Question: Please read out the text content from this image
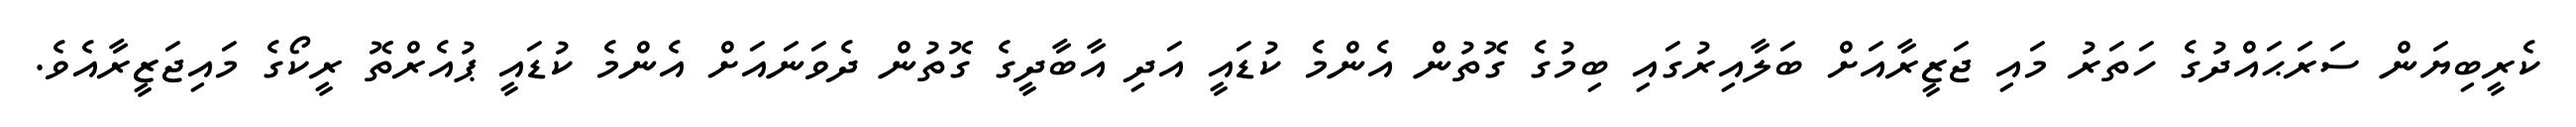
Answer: ކެރީބިޔަން ސަރަޙައްދުގެ ހަތަރު މައި ޖަޒީރާއަށް ބަލާއިރުގައި ބިމުގެ ގޮތުން އެންމެ ކުޑައީ އަދި އާބާދީގެ ގޮތުން ދެވަނައަށް އެންމެ ކުޑައީ ޕުއެރްތޮ ރީކޯގެ މައިޖަޒީރާއެވެ.